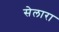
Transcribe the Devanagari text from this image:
सेलारा